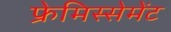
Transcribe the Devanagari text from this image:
फ्रेमिस्सेमेंट